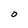
Character: 0